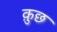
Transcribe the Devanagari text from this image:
क़ुछ